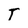
Character: T